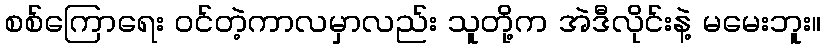
စစ်ကြောရေး ဝင်တဲ့ကာလမှာလည်း သူတို့က အဲဒီလိုင်းနဲ့ မမေးဘူး။